Document type: Dowry
Year: 1238
Scribe: Berenguer Jaume
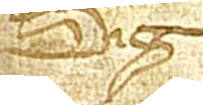
Sig